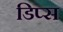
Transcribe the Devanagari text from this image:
डिप्स